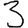
Digit: 3